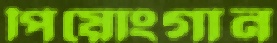
পিয়োংগান